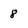
Character: 8